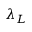
\lambda _ { L }